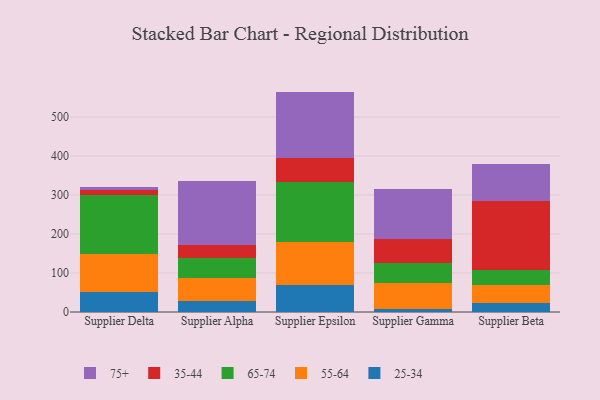
{"axis": {"x": "Supplier", "y": "Backlog"}, "legend": ["25-34", "35-44", "55-64", "65-74", "75+"], "data": [{"x": "Supplier Delta", "y": 52.3, "type": "25-34"}, {"x": "Supplier Delta", "y": 96.6, "type": "55-64"}, {"x": "Supplier Delta", "y": 150.8, "type": "65-74"}, {"x": "Supplier Delta", "y": 12.8, "type": "35-44"}, {"x": "Supplier Delta", "y": 7.2, "type": "75+"}, {"x": "Supplier Alpha", "y": 27.5, "type": "25-34"}, {"x": "Supplier Alpha", "y": 58.5, "type": "55-64"}, {"x": "Supplier Alpha", "y": 51.5, "type": "65-74"}, {"x": "Supplier Alpha", "y": 34.2, "type": "35-44"}, {"x": "Supplier Alpha", "y": 163.3, "type": "75+"}, {"x": "Supplier Epsilon", "y": 68.3, "type": "25-34"}, {"x": "Supplier Epsilon", "y": 111.1, "type": "55-64"}, {"x": "Supplier Epsilon", "y": 153.6, "type": "65-74"}, {"x": "Supplier Epsilon", "y": 62.5, "type": "35-44"}, {"x": "Supplier Epsilon", "y": 169.6, "type": "75+"}, {"x": "Supplier Gamma", "y": 7.5, "type": "25-34"}, {"x": "Supplier Gamma", "y": 65.6, "type": "55-64"}, {"x": "Supplier Gamma", "y": 53.8, "type": "65-74"}, {"x": "Supplier Gamma", "y": 60.7, "type": "35-44"}, {"x": "Supplier Gamma", "y": 127.4, "type": "75+"}, {"x": "Supplier Beta", "y": 22.9, "type": "25-34"}, {"x": "Supplier Beta", "y": 46.9, "type": "55-64"}, {"x": "Supplier Beta", "y": 36.8, "type": "65-74"}, {"x": "Supplier Beta", "y": 179.2, "type": "35-44"}, {"x": "Supplier Beta", "y": 92.4, "type": "75+"}]}